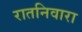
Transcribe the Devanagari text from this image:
रातनिवारा